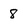
Character: 8